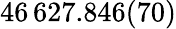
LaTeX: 46\, 627.846(70)